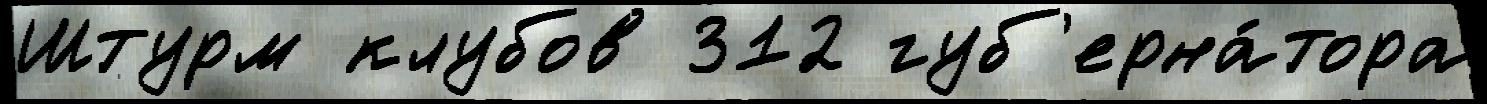
Штурм клубов 312 губ'ерна́тора